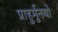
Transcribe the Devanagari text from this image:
प्राहुर्मुनयो